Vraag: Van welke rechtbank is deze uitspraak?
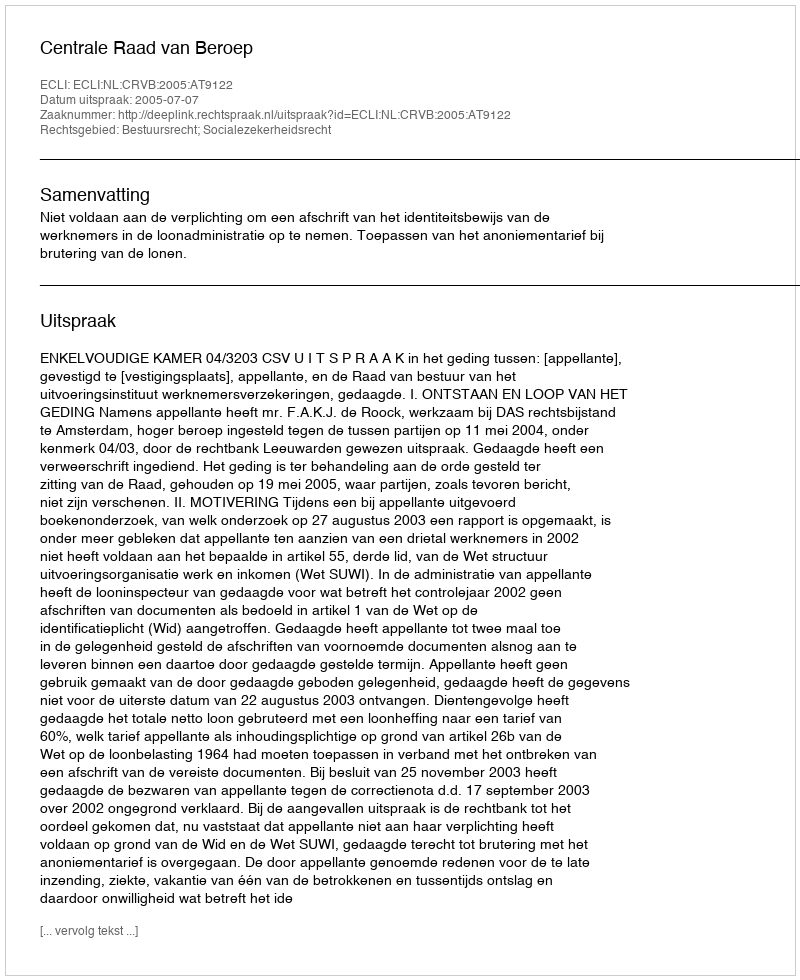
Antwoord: Centrale Raad van Beroep